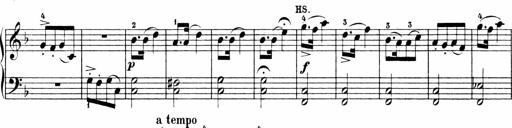
Title: 6 Sonatinas
Composer: Carl Reinecke